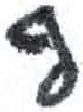
אות: ף